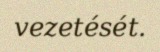
vezetését.